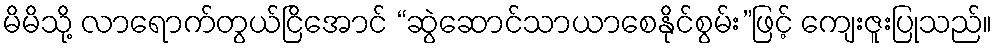
မိမိသို့ လာရောက်တွယ်ငြိအောင် “ဆွဲဆောင်သာယာစေနိုင်စွမ်း”ဖြင့် ကျေးဇူးပြုသည်။